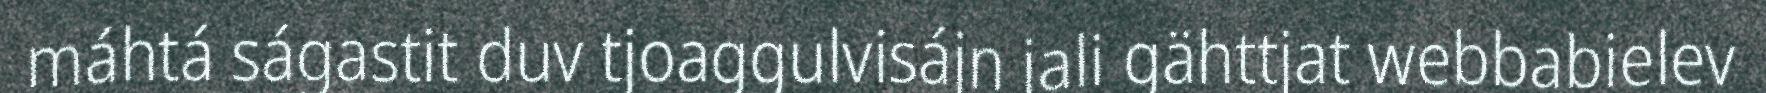
máhtá ságastit duv tjoaggulvisájn jali gähttjat webbabielev